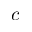
c